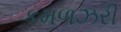
કમળઝરી